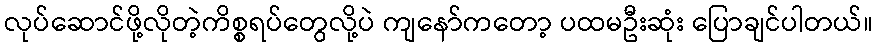
လုပ်ဆောင်ဖို့လိုတဲ့ကိစ္စရပ်တွေလို့ပဲ ကျနော်ကတော့ ပထမဦးဆုံး ပြောချင်ပါတယ်။